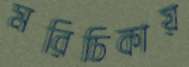
মরিচিকায়